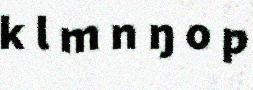
k l m n ŋ o p